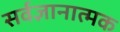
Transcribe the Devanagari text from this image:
सर्वज्ञानात्मक